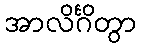
အာလိင်္ဂိတွာ